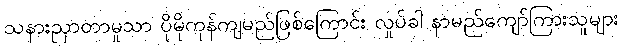
သနားညှာတာမှုသာ ပိုမိုကုန်ကျမည်ဖြစ်ကြောင်း လှုပ်ခါ နာမည်ကျော်ကြားသူများ